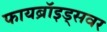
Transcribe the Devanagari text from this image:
फायब्रॉइड्‌सवर